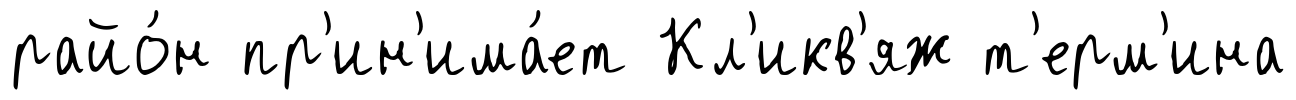
райо́н пр'ин'има́ет Кл'икв'яж т'ерм'ина